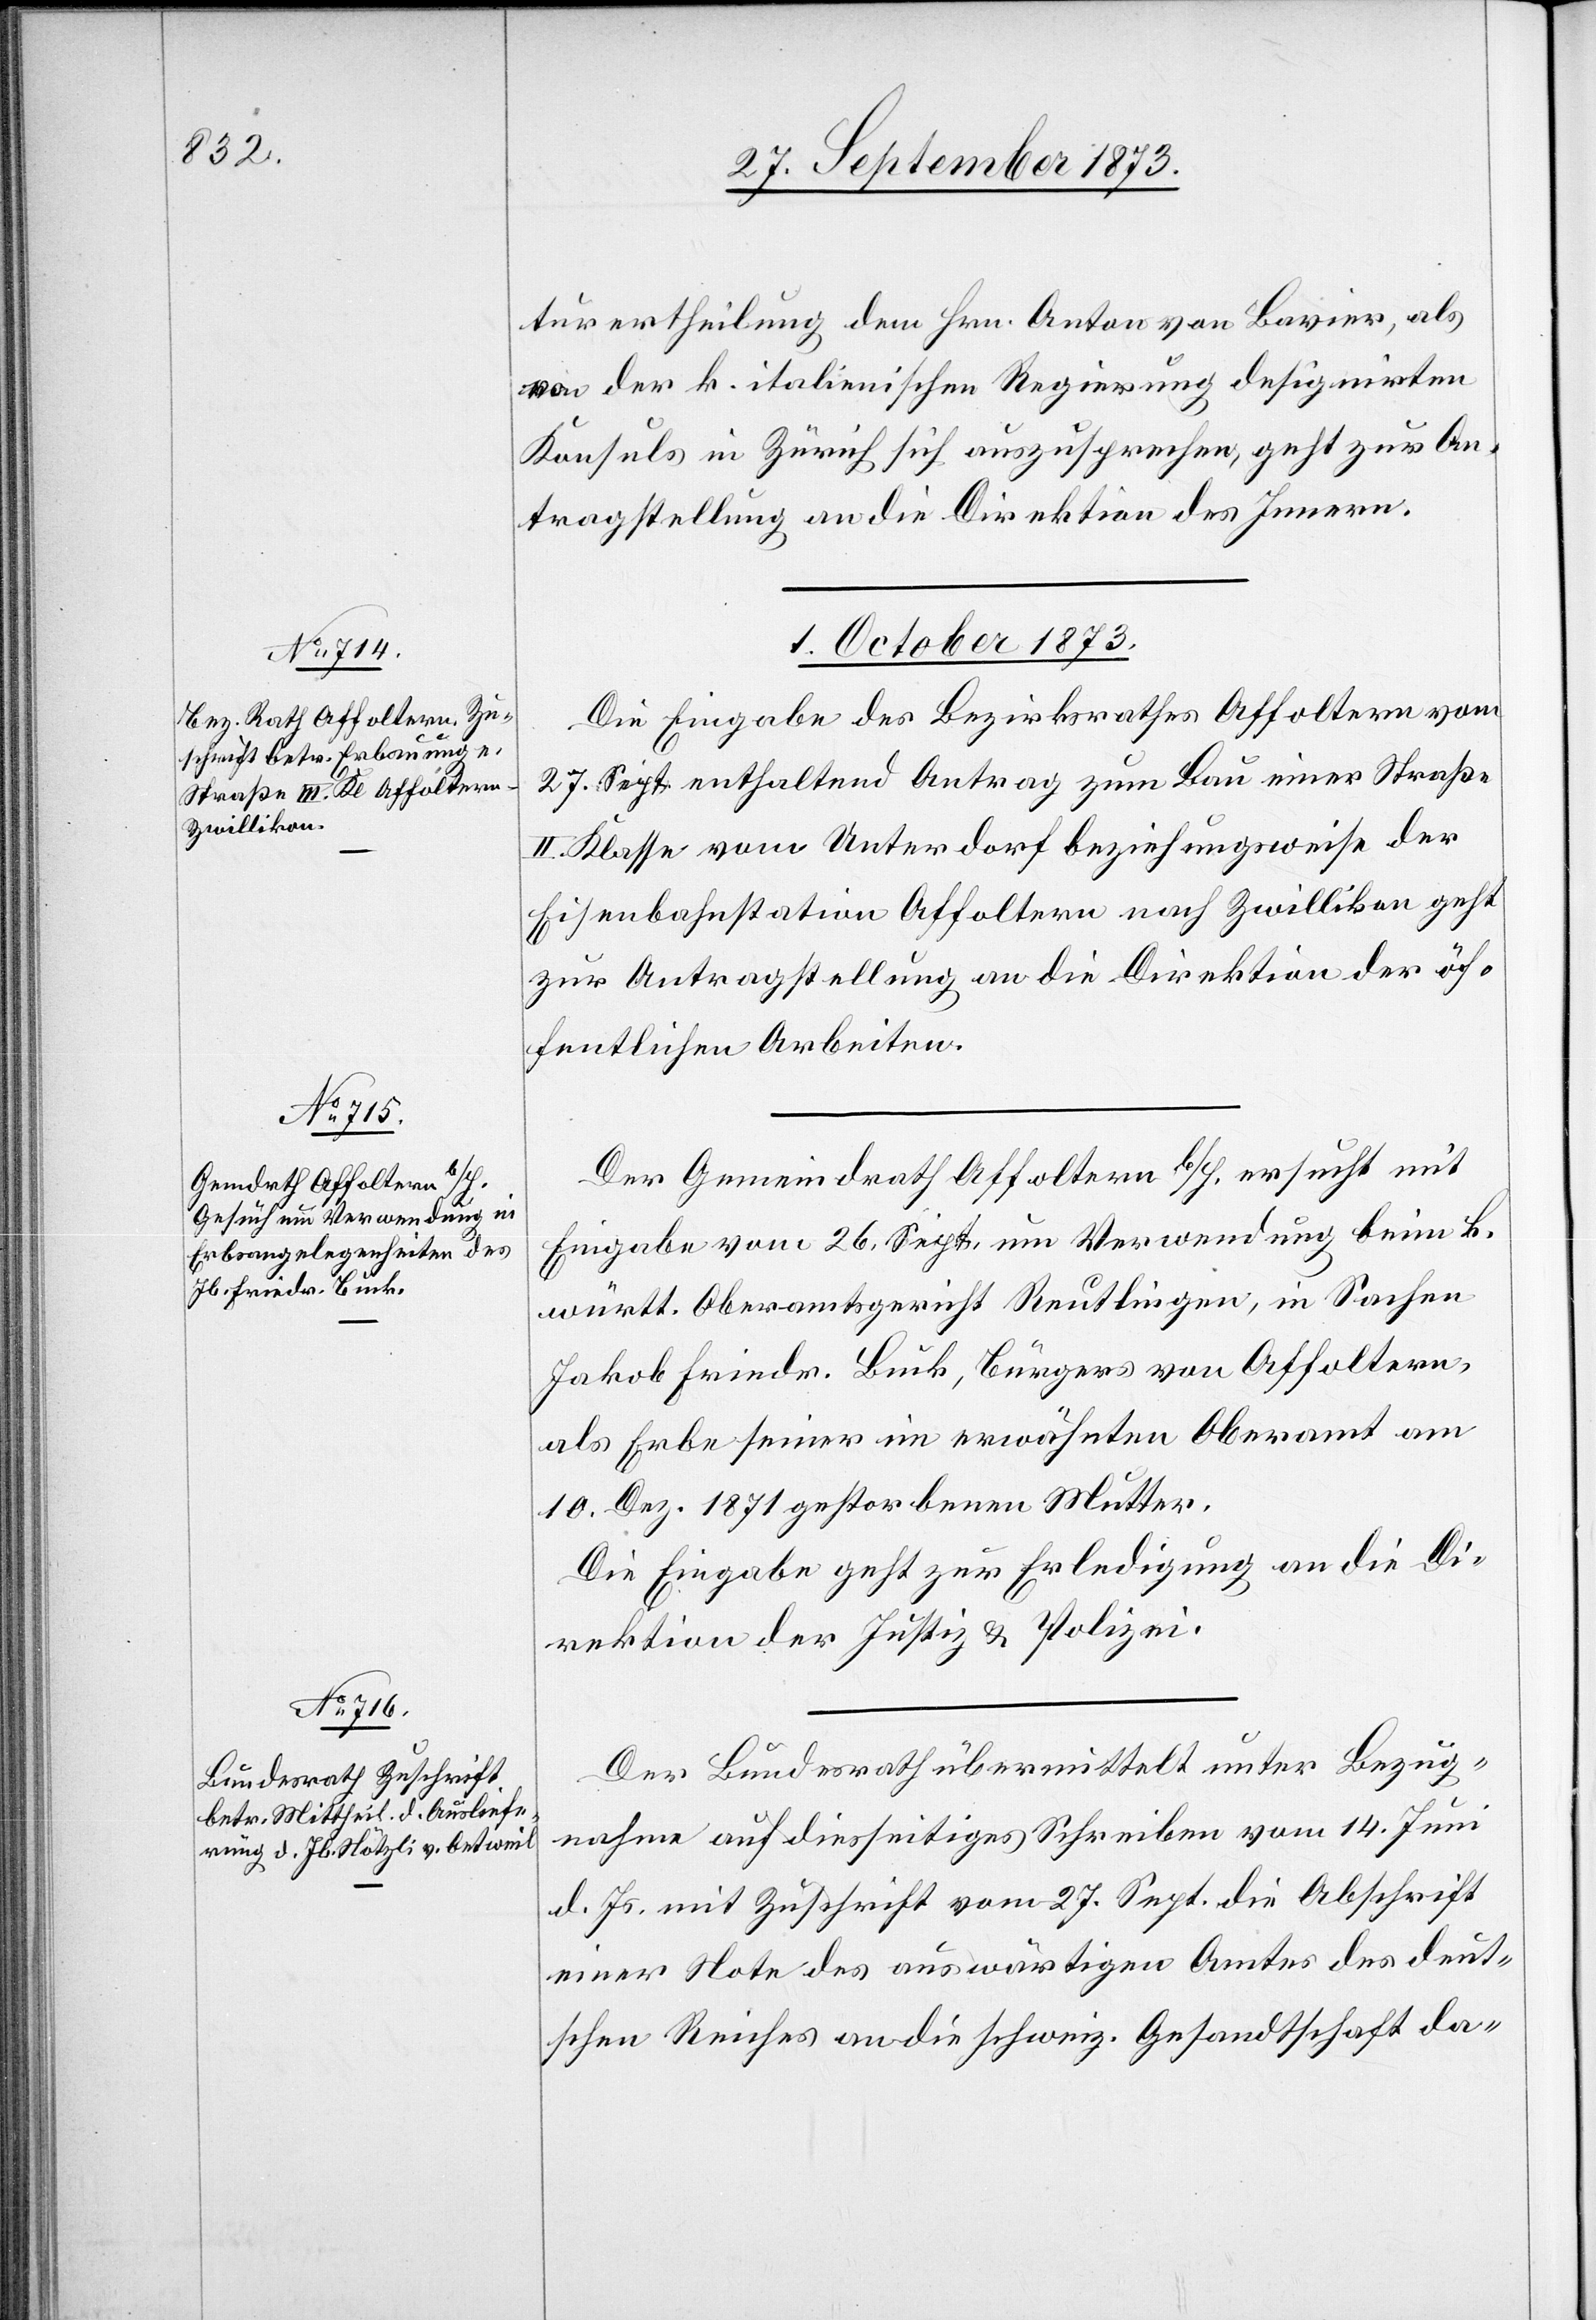
turertheilung dem Hrn. Anton von Bavier, als
von der k. italienischen Regierung designirten
Konsuls in Zürich sich auszusprechen, geht zur An¬
tragstellung an die Direktion des Innern.
1. October 1873.]
Die Eingabe des Bezirksrathes Affoltern vom
27. Sept. enthaltend Antrag zum Bau einer Straße
Klasse vom Unterdorf beziehungsweise der
Eisenbahnstation Affoltern nach Zwillikon geht
zur Antragstellung an die Direktion der öf¬
fentlichen Arbeiten.
Der Gemeindrath Affoltern b/H. ersucht mit
Eingabe vom 26. Sept. um Verwendung beim k.
württ. Oberamtsgericht Reutlingen, in Sachen
Jakob Friedr. Buck, Bürgers von Affoltern,
als Erbe seiner im erwähnten Oberamt am
10. Dez. 1871 gestorbenen Mutter.
Die Eingabe geht zur Erledigung an die Di¬
rektion der Justiz & Polizei.
Der Bundesrath übermittelt unter Bezug¬
nahme auf diesseitiges Schreiben vom 14. Juni
d. Js. mit Zuschrift vom 27. Sept. die Abschrift
einer Note des auswärtigen Amtes des deut¬
schen Reiches an die schweiz. Gesandtschaft da-